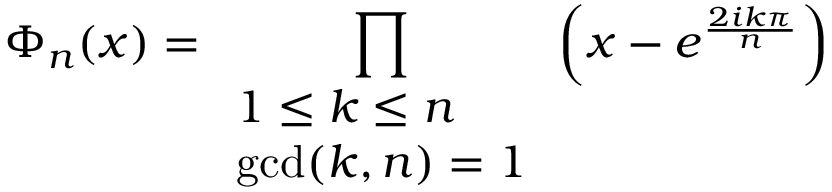
\Phi _ { n } ( x ) = \prod _ { \begin{array} { l } { 1 \leq k \leq n } \\ { \operatorname* { g c d } ( k , n ) = 1 } \end{array} } \left( x - e ^ { \frac { 2 i k \pi } { n } } \right)